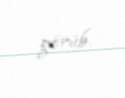
görüb.